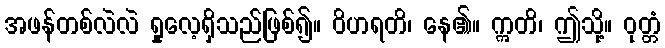
အဖန်တစ်လဲလဲ ရှုလေ့ရှိသည်ဖြစ်၍။ ဝိဟရတိ၊ နေ၏။ ဣတိ၊ ဤသို့။ ဝုတ္တံ